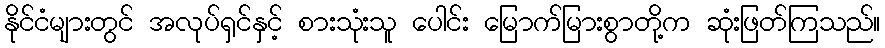
နိုင်ငံများတွင် အလုပ်ရှင်နှင့် စားသုံးသူ ပေါင်း မြောက်မြားစွာတို့က ဆုံးဖြတ်ကြသည်။